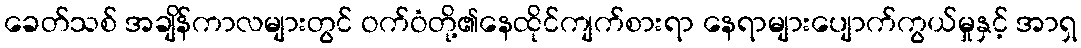
ခေတ်သစ် အချိန်ကာလများတွင် ဝက်ဝံတို့၏နေထိုင်ကျက်စားရာ နေရာများပျောက်ကွယ်မှုနှင့် အာရှ